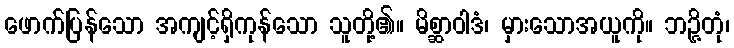
ဖောက်ပြန်သော အကျင့်ရှိကုန်သော သူတို့၏။ မိစ္ဆာဝါဒံ၊ မှားသောအယူကို။ ဘဉ္ဇိတုံ၊